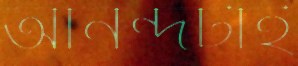
আনন্দটাই